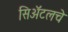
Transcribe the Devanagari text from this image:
सिॲटलचे